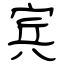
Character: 宾